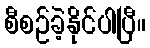
စီစဉ်ခဲ့နိုင်ပါပြီ။